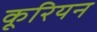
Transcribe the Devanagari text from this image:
कूरियन